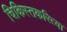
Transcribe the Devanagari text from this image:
चिकिस्तकरित्या